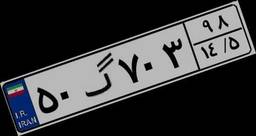
۶۰گ۶۴۹۴۷